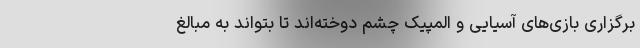
برگزاری بازی‌های آسیایی و المپیک چشم دوخته‌اند تا بتواند به مبالغ